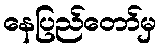
နေပြည်တော်မှ